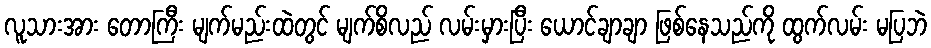
လူသားအား တောကြီး မျက်မည်းထဲတွင် မျက်စိလည် လမ်းမှားပြီး ယောင်ချာချာ ဖြစ်နေသည်ကို ထွက်လမ်း မပြဘဲ